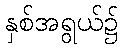
နှစ်အရွယ်၌